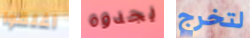
أغلقوا يجدوه لتخرج